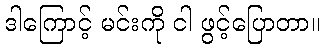
ဒါကြောင့် မင်းကို ငါ ဖွင့်ပြောတာ။